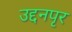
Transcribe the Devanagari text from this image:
उद्दनपृर